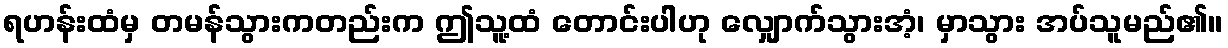
ရဟန်းထံမှ တမန်သွားကတည်းက ဤသူ့ထံ တောင်းပါဟု လျှောက်သွားအံ့၊ မှာသွား အပ်သူမည်၏။